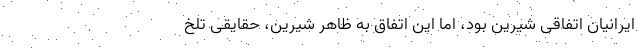
ایرانیان اتفاقی شیرین بود، اما این اتفاق به ظاهر شیرین، حقایقی تلخ